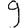
Digit: 9